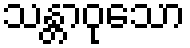
သန္တာဝုသော